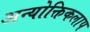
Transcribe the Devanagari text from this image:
अन्योक्तिकलाप